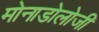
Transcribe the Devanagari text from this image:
मोनाडोलोजी